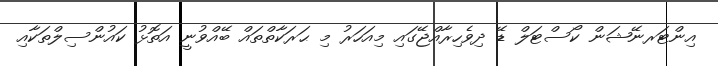
އިންޓަރނޭޝަން ކޯސްޓަލް ޑޭ ދިވެހިރާއްޖޭގައި މިއަހަރު މި ޙަރަކާތްތައް ބޭއްވުނީ އަތޮޅު ކައުންސިލްތަކާއި